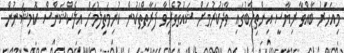
މިއަަހަރު ބާއްވާ ރިޔާސީ އިންތިހާބުގައި ވާދަކުރުމަށް ޝައުގުވެރިވާ ފަރާތްތަކުން ކުރިމަތިލުމަށް އިލެކްޝަންސް ކޮމިޝަނުން